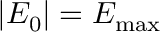
\left\vert E _ { 0 } \right\vert = E _ { \operatorname* { m a x } }